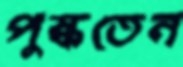
পুষ্কতেন